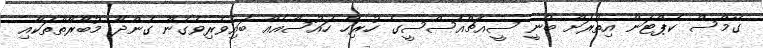
ގޭމްސް ކެޕްޓަން އިތުރަށް ބުނީ ސީއެޗްއެސްސީގެ ހުރިހާ ހައުސްއެއް ބައިވެރިވެގެން ގެންދާ މުބާރާތްތަކާއި